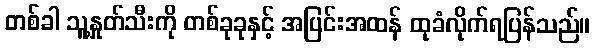
တစ်ခါ သူ့နှုတ်သီးကို တစ်ခုခုနှင့် အပြင်းအထန် ထုခံလိုက်ရပြန်သည်။